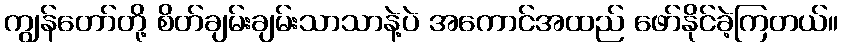
ကျွန်တော်တို့ စိတ်ချမ်းချမ်းသာသာနဲ့ပဲ အကောင်အထည် ဖော်နိုင်ခဲ့ကြတယ်။